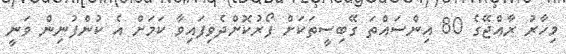
މިހާރު ރާއްޖޭގެ 80 އިންސައްތަ ގޭބިސީތަކަށް ފޯރުކޮށްދެވިފައިވާ ކަމަށް އެ ކުންފުނިން ވަނީ